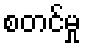
စတင်မှု